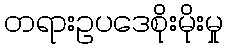
တရားဥပဒေစိုးမိုးမှု